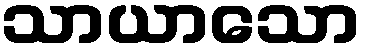
သာယာသော